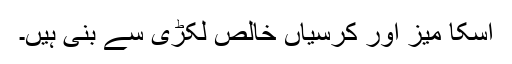
اسکا میز اور کرسیاں خالص لکڑی سے بنی ہیں۔